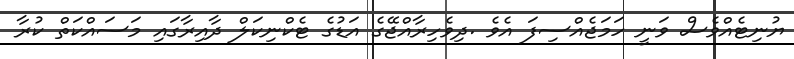
ޔުނިޓެއްވެސް ވަނީ ހަމަޖެއްސިފަ އެވެ .ދިވެހިރާއްޖޭގެ އަޑުގެ ޓެކްނިކަލް ދާއިރާގައި މަސައްކަތް ކުރާ